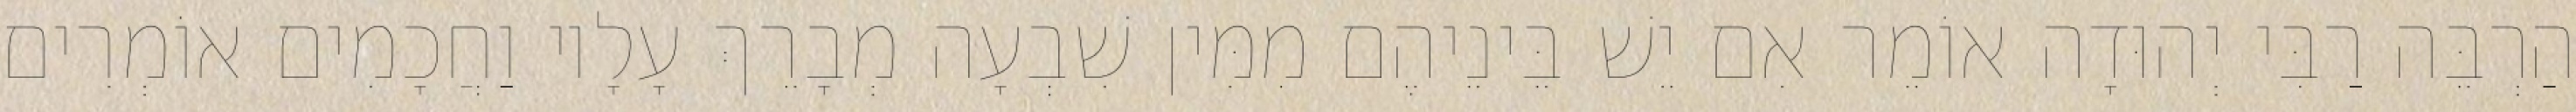
הַרְבֵּה רַבִּי יְהוּדָה אוֹמֵר אִם יֵשׁ בֵּינֵיהֶם מִמִּין שִׁבְעָה מְבָרֵךְ עָלָיו וַחֲכָמִים אוֹמְרִים